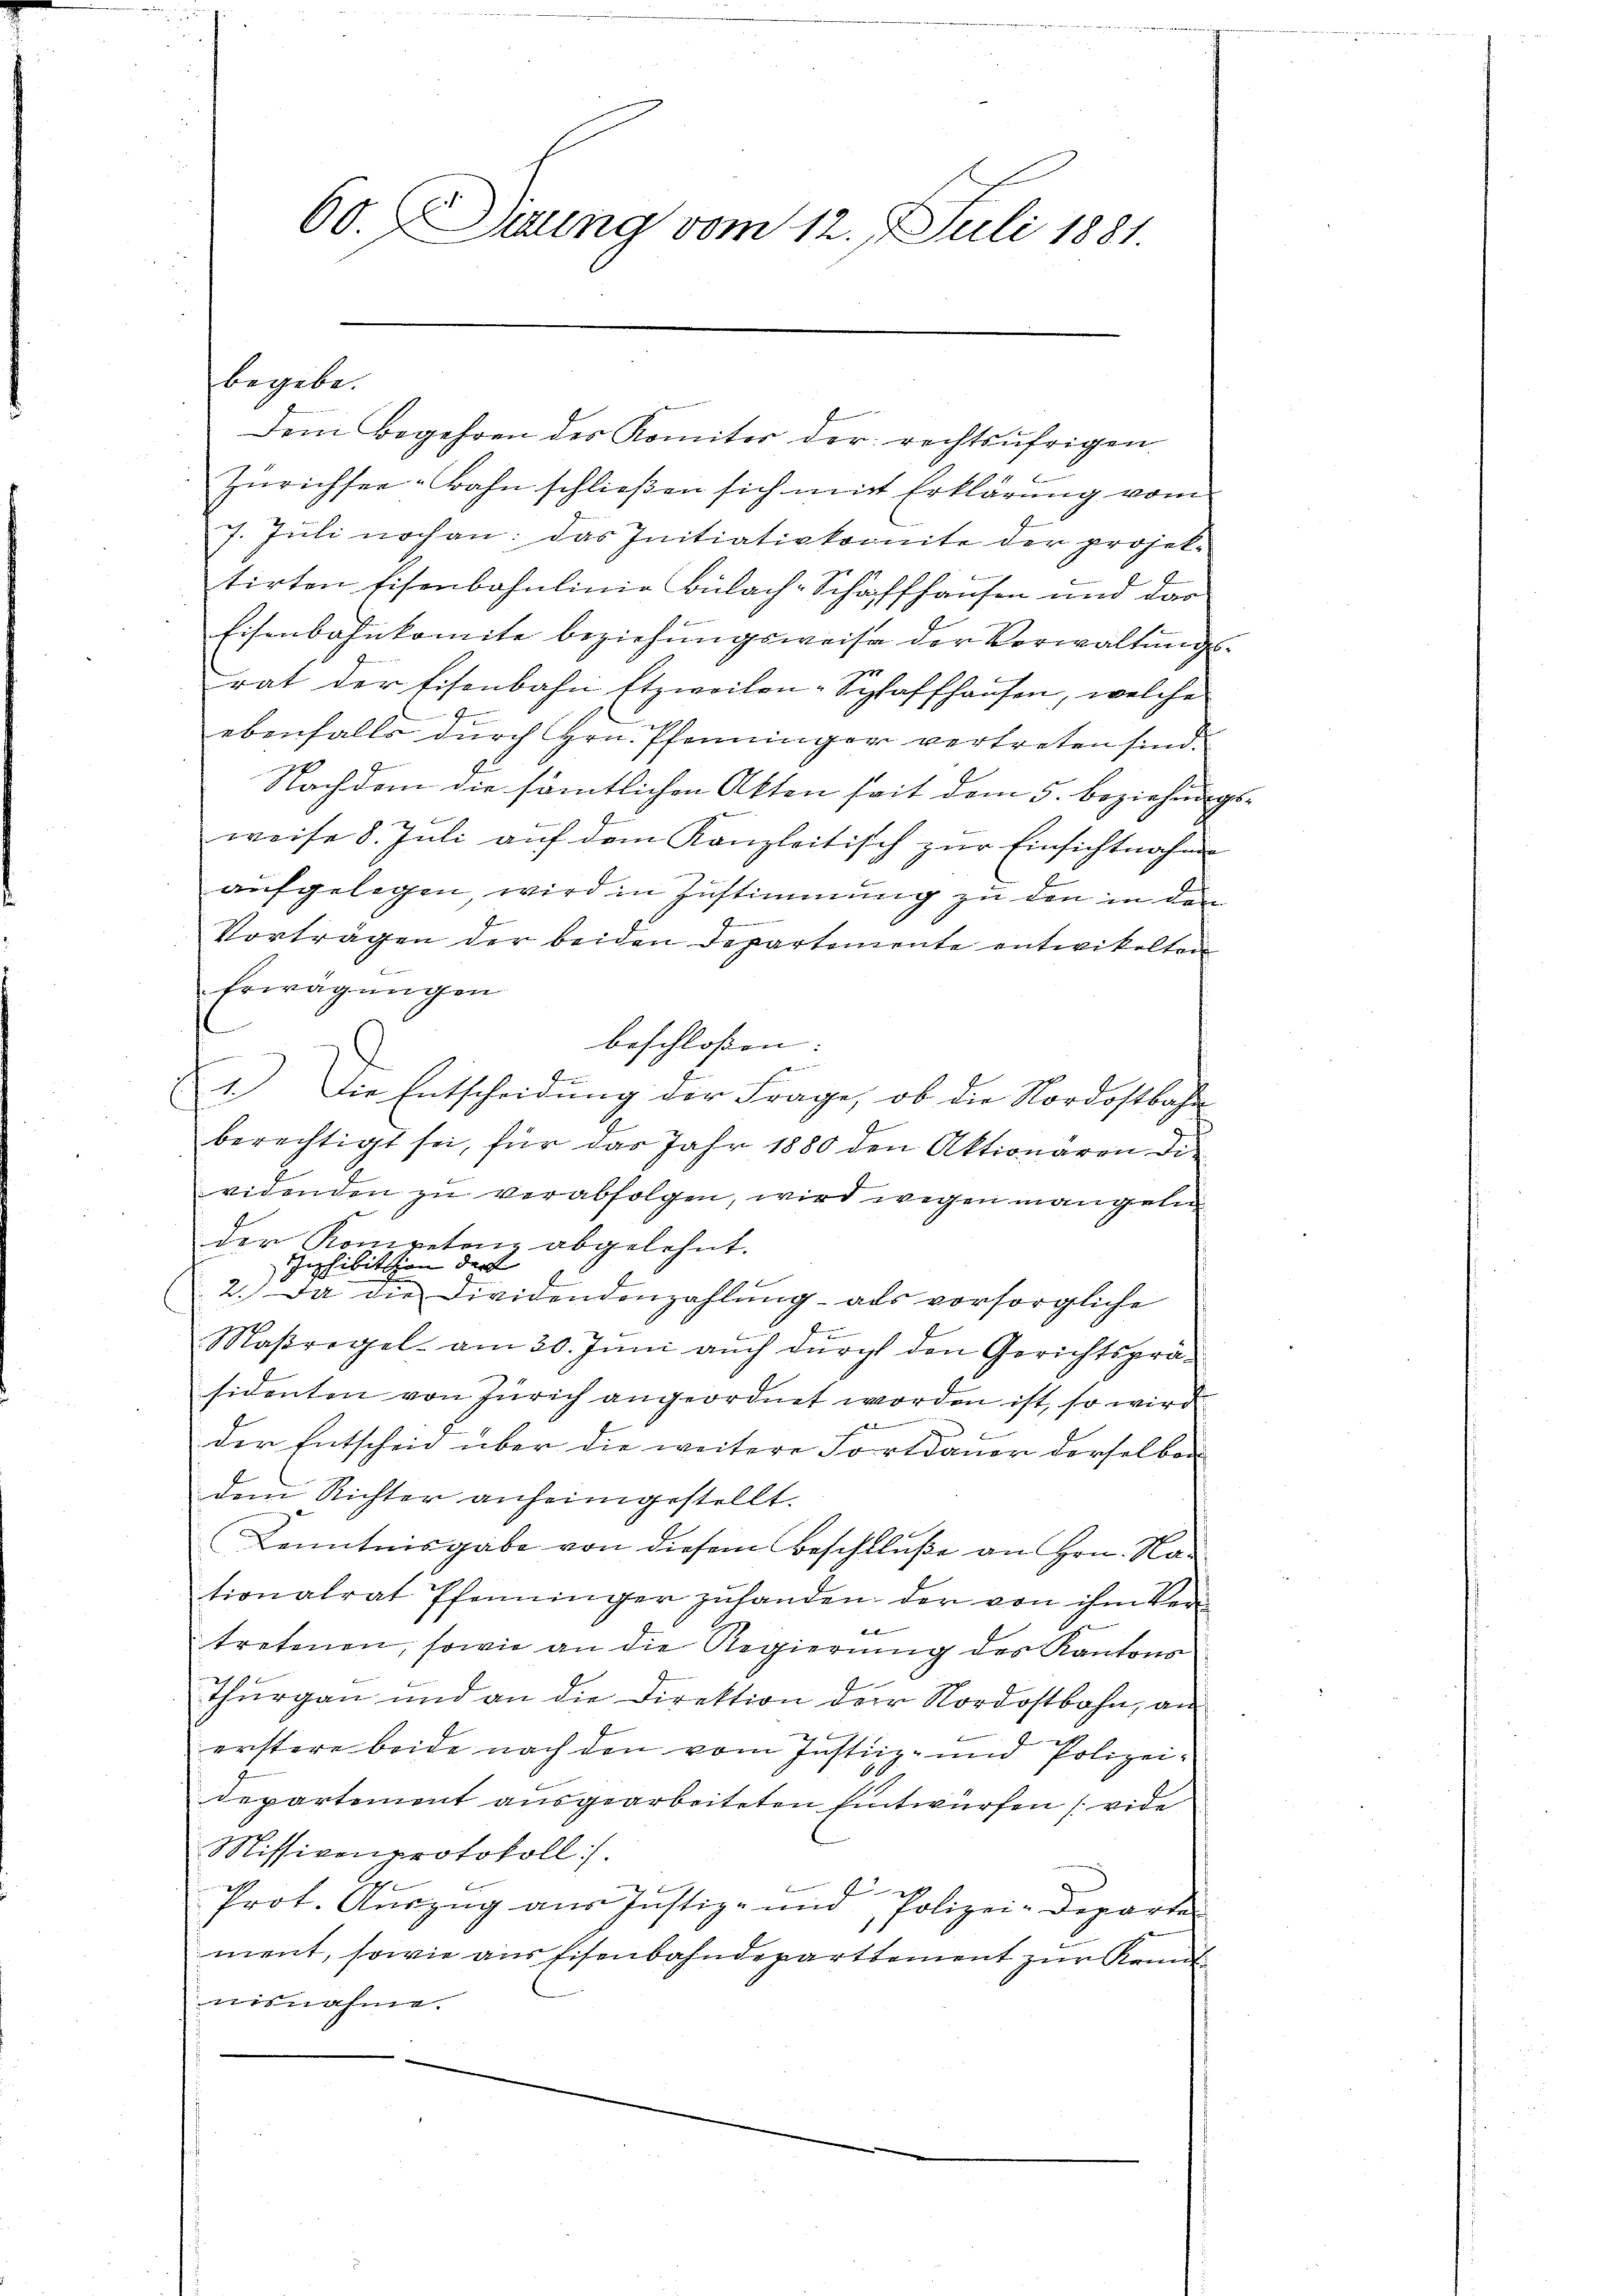
60. Diung vom 12. 7. Juli 1881

begebe.

Dem Begehren des Komiter der rechtsübrigen
e
Zürichsee-Bahn schließen sich mit Erklärung vom
7. Juli noch an: das Initiativkomite der projekf
tirten Eisenbahnlinie Bülach-Schaffhausen und dar
Eisenbahnkomite beziehungsweise der Vorwaltungsrat der Eisenbahn Etzweilen-Schaffhausen, welche
t
ebenfalls durch Hrn. Pfenninger vertreten sind.
J
Nachdem die sämtlichen Akten seit dem 5. Beziehungsweise 8. Jŭli aŭf dem Kanzleitisch zŭr Einsichtnahme
aufgelegen wird in Zustimmung zu den in den
Vorträgen der beiden Departemente entwickelten
Erwägungen
beschloßen: |

e
1.) Die Entscheidung der Frage, ob die Nordostbahn
berechtigt sei, für das Jahr 1880 den Aktionären die
videnden zu verabfolgen, wird wegen mangeln
der Kompetenz abgelehnt.
Inhibition der
2. Da die Dividendenzahlŭng als vorsorgliche
f
Maßregel am 30. Juni auch durch den Gerichtspräsidenten von Zürich angeordnet worden ist, so wird
s
3
der Entscheid über die weitere Fortdauer derselben
dem Richter anheimgestellt.
Kenntnisgabe von diesem Beschluße an Hrn. Nationalrat Pfenninger zŭhanden der von ihm Verf
tretenen, sowie an die Regierung des Kantons
Thurgau und an die Direktion der Nordostbahn, an
erstere beide nach den vom Justiz- und Polizei¬
2
Departement ausgearbeiteten Eintwürfen (vide
Missivenprotokoll:
d
E
Prot. Auszug aus Justiz- und Polizei-Departen
ment, sowie aus Eisenbahndeparttement zur Kennt
nisnahme.